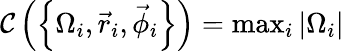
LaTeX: {\mathcal C}\left(\left\{ \Omega_{i},\vec{r}_{i},\vec{\phi}_{i}\right\} \right)=\mathrm{max}_{i}\left|\Omega_{i}\right|